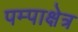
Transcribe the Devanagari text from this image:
पम्पाक्षेत्र